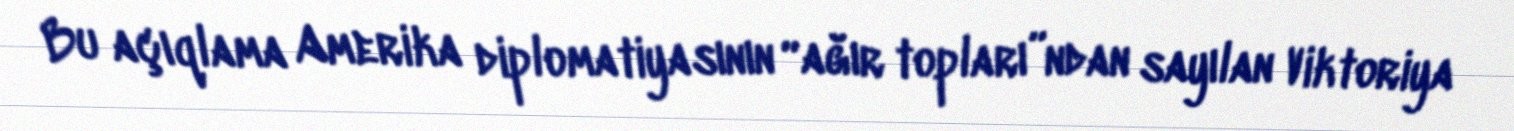
Bu açıqlama Amerika diplomatiyasının “ağır topları”ndan sayılan Viktoriya